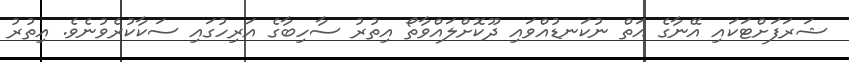
ޝަރަފަށްޓަކައި އޭނާގެ އަތް ނުކަނޑުއްވައި ދޫކޮށްލައްވާތޯ އިތުރު ސާހިބާގެ އަރިހުގައި ސަކާކުރެވުނެވެ. އިތުރު